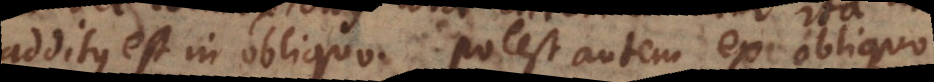
additus est in obliquo. Potest autem ex obliquo